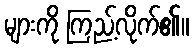
များကို ကြည့်လိုက်၏။